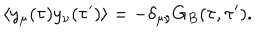
\langle y _ { \mu } ( \tau ) y _ { \nu } ( \tau ^ { \prime } ) \rangle = - \delta _ { \mu \nu } G _ { B } ( \tau , \tau ^ { \prime } ) .